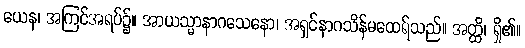
ယေန၊ အကြင်အရပ်၌။ အာယသ္မာနာဂသေနော၊ အရှင်နာဂသိန်မထေရ်သည်။ အတ္ထိ၊ ရှိ၏။